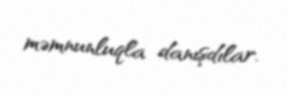
məmnunluqla danışdılar.